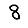
Digit: 8